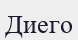
Диего